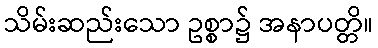
သိမ်းဆည်းသော ဥစ္စာ၌ အနာပတ္တိ။